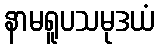
နာမရူပသမုဒယံ